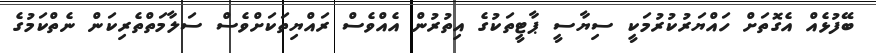
ބޭފުޅެއް އެގޮތަށް ހައްޔަރުކުރުމަކީ ސިޔާސީ ޕާޓީތަކުގެ އިތުރުން އެއްވެސް ރައްޔިތަކަށްވެސް ސަލާމަތްތެރިކަން ނެތްކަމުގެ